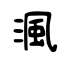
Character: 渢